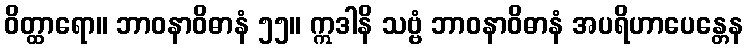
ဝိတ္ထာရော။ ဘာဝနာဝိဓာနံ ၅၅။ ဣဒါနိ သဗ္ဗံ ဘာဝနာဝိဓာနံ အပရိဟာပေန္တေန